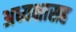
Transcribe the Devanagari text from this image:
अध्यक्षासह